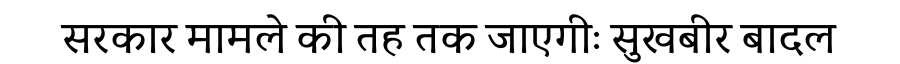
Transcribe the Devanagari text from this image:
सरकार मामले की तह तक जाएगीः सुखबीर बादल